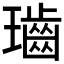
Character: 𤪷